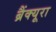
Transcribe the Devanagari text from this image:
ब्रैंक्यूरा